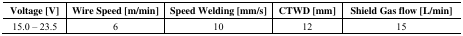
<table><thead><tr><td><b>Voltage [V]</b></td><td><b>Wire Speed [m/min]</b></td><td><b>Speed Welding [mm/s]</b></td><td><b>CTWD [mm]</b></td><td><b>Shield Gas flow [L/min]</b></td></tr></thead><tbody><tr><td>15.0 – 23.5</td><td>6</td><td>10</td><td>12</td><td>15</td></tr></tbody></table>